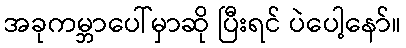
အခုကမ္ဘာပေါ်မှာဆို ပြီးရင် ပဲပေါ့နော်။